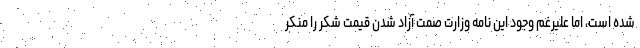
شده است، اما علیرغم وجود این نامه وزارت صمت آزاد شدن قیمت شکر را منکر